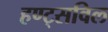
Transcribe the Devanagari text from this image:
हण्ट्सविल